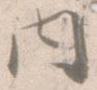
内